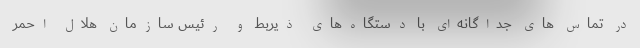
در تماس های جداگانه‌ای با دستگاه‌های ذیربط و رئیس سازمان هلال احمر